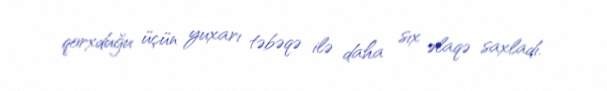
qorxduğu üçün yuxarı təbəqə ilə daha sıx əlaqə saxladı.